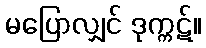
မပြောလျှင် ဒုက္ကဋ်။